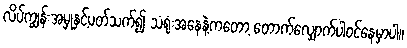
လိပ်ကျွန်းအမှုနှင့်ပတ်သက်၍ သံရုံးအနေနဲ့ကတော့ တောက်လျှောက်ပါဝင်နေမှာပါ။